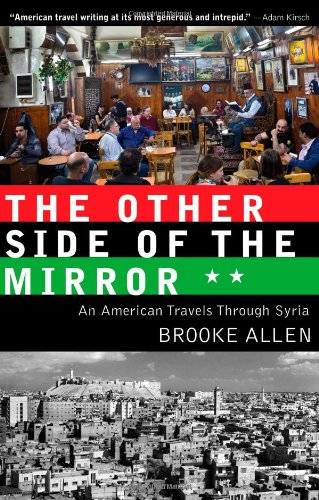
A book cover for The Other Side of the Mirror: An American Travels Through Syria; Brooke Allen; Travel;